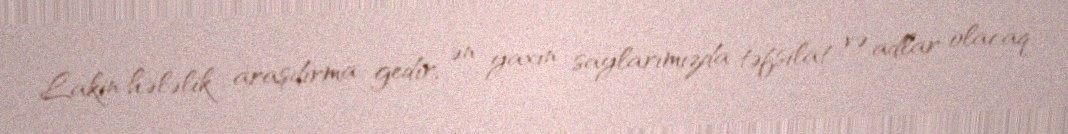
Lakin hələlik araşdırma gedir; ən yaxın saylarımızda təfsilat və adlar olacaq.